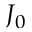
J _ { 0 }